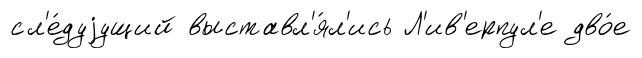
сл'е́дуjущий выставл'я́л'ись Л'ив'ерпул'е дво́е